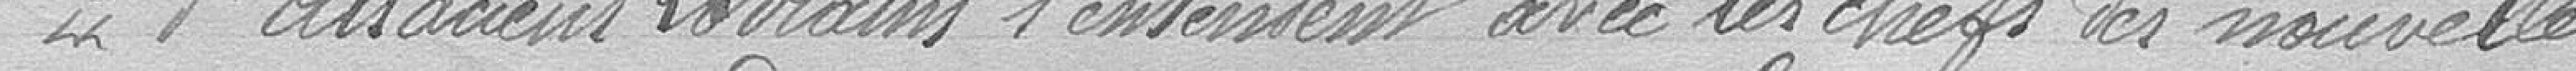
"d'alsaciens lorrains s'entendent avec les chefs des nouvelles